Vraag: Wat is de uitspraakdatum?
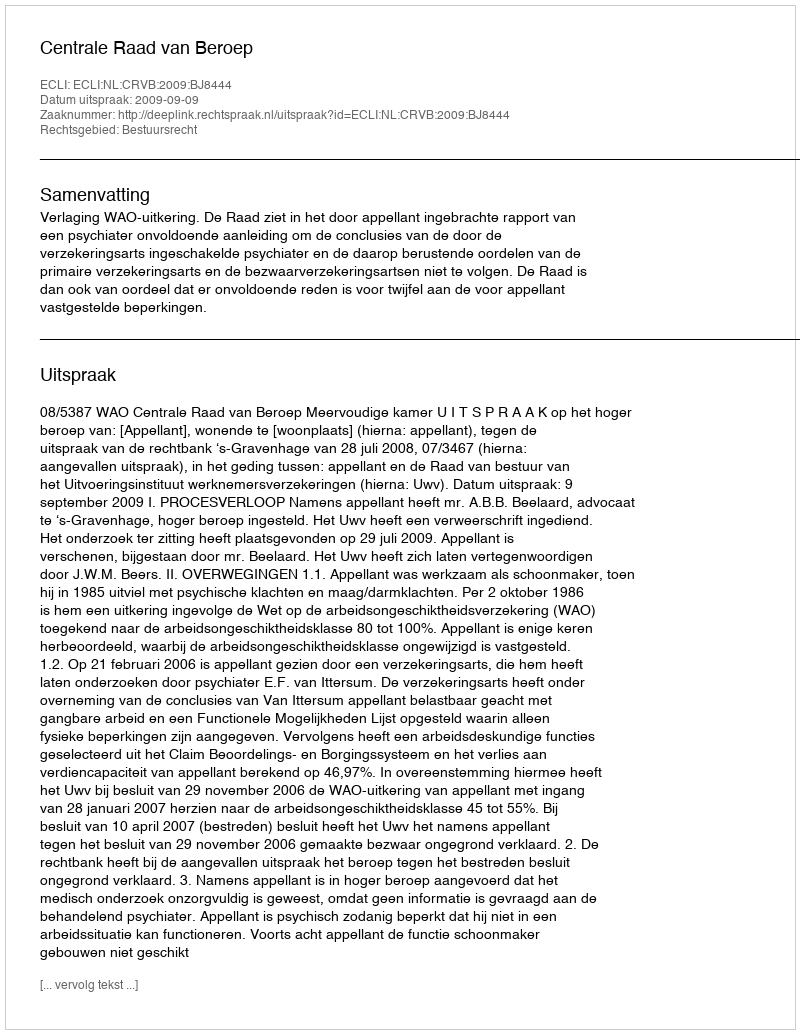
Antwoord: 2009-09-09